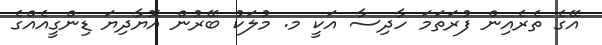
އޭގެ ތެރެއިން ފުރަތަމަ ހާދިސާ އަކީ މ. މުލަކު ބޭރުން އޮޔާދިޔަ ޑިންގީއެއްގެ